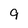
Character: 9